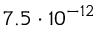
7 . 5 \cdot 1 0 ^ { - 1 2 }